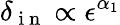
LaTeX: \delta_{\mathrm{~i~n~}}\propto\epsilon^{\alpha_{1}}